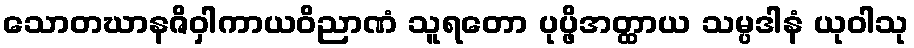
သောတဃာနဇိဝှါကာယဝိညာဏံ သူရတော ပုပ္ဖိအတ္ထာယ သမ္ပဒါနံ ယုဝါသု